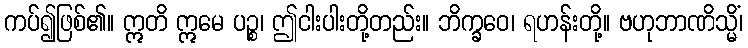
ကပ်၍ဖြစ်၏။ ဣတိ ဣမေ ပဉ္စ၊ ဤငါးပါးတို့တည်း။ ဘိက္ခဝေ၊ ရဟန်းတို့။ ဗဟုဘာဏိသ္မိံ၊